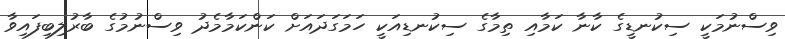
ވިސްނުމަކީ ސިކުނޑީގެ ކާނާ ކަމާއި ތިމާގެ ސިކުނޑިއަކީ ހަމަގަދައަށް ކަންކަމާމެދު ވިސްނުމުގެ ބާރުލިބިފައިވާ